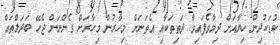
ކުޑަކުދިން ހިޔާއަށް ދިމާވެފައިވާ ދަތިތަކާއި އެތަނަށް މިހާރުން މިހާރަށް ގެންނަން ޖެހޭ ބަދަލްތައް